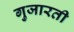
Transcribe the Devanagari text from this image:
गुजारती